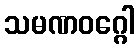
သမဏဝဂ္ဂေါ